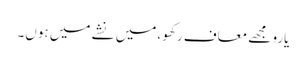
یارو مجھے معاف رکھو ،میں نشے میں ہوں۔